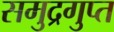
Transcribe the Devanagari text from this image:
समुद्रगुप्‍त